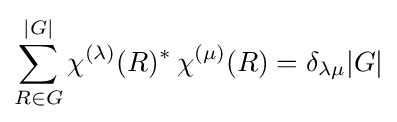
\sum _{R\in G}^{|G|}\chi ^{(\lambda )}(R)^{*}\,\chi ^{(\mu )}(R)=\delta _{\lambda \mu }|G|